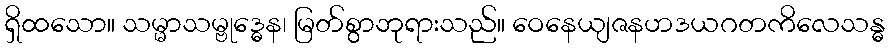
ရှိထသော။ သမ္မာသမ္ဗုဒ္ဓေန၊ မြတ်စွာဘုရားသည်။ ဝေနေယျဇနဟဒယဂတကိလေသန္ဓ